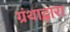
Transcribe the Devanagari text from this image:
ग्रंथाद्वारा